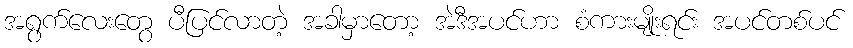
အရွက်လေးတွေ ပီပြင်လာတဲ့ အခါမှာတော့ အဲဒီအပင်ဟာ စံကားမျိုးရင်း အပင်တစ်ပင်